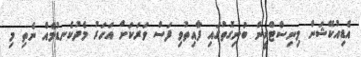
އެޑިއުކޭޝަން މިނިސްޓްރީން ބުނިގޮތުގައި ފާއިތުވި ފަސް ވަރަކަށް އަހަރު މެދުކެނޑުމެއް ނެތި މި